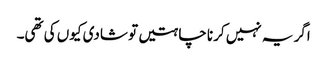
اگر یہ نہیں کرنا چاہتیں تو شادی کیوں کی تھی۔